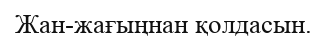
Жан-жағыңнан қолдасын.